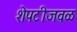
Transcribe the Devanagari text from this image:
शेपटीजवळ